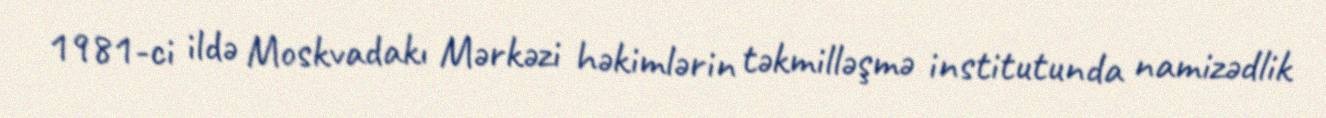
1981-ci ildə Moskvadakı Mərkəzi həkimlərin təkmilləşmə institutunda namizədlik